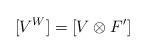
LaTeX: \begin{align*}[V^W] = [V \otimes F'] \end{align*}